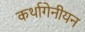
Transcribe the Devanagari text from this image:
कर्थागेनीयन